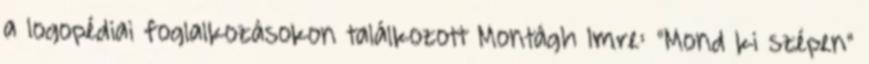
a logopédiai foglalkozásokon találkozott Montágh Imre: "Mond ki szépen"